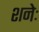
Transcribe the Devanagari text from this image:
शनेः